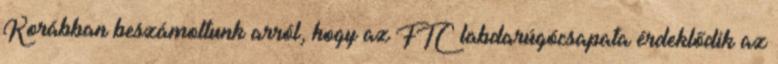
Korábban beszámoltunk arról, hogy az FTC labdarúgócsapata érdeklődik az